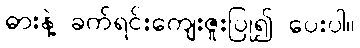
ဓားနဲ့ ခက်ရင်းကျေးဇူးပြု၍ ပေးပါ။